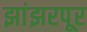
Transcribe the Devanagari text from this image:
झांझरपूर